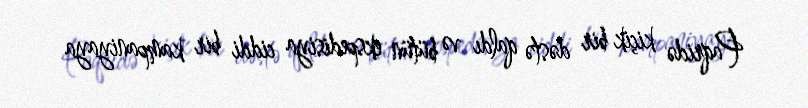
Paqridə kiçik bir dəstə qaldı və bütün ekspedisiya ciddi bir kampaniyaya